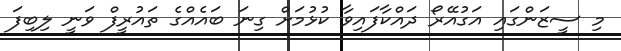
މި ސީޒަންގައި އަގުއޭރޯ ދައްކާފައިވާ ކުޅުމަށް ގިނަ ބައެއްގެ ތައުރީފް ވަނީ ލިބިފަ